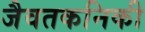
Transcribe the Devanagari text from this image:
जैवतकनिकी